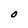
Character: O